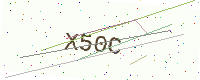
Text: X50C